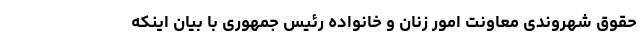
حقوق شهروندی معاونت امور زنان و خانواده رئیس جمهوری با بیان اینکه